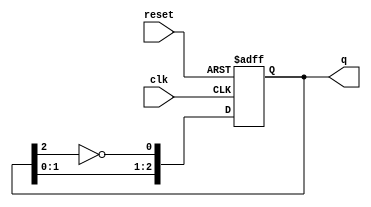
module JohnsonCounter #(parameter N = 3) (
    input wire clk,          // Clock input
    input wire reset,        // Asynchronous reset
    output reg [N-1:0] q     // Counter output
);

    // Internal signal for the inverted output of the last flip-flop
    wire inverted_last;

    // Invert the output of the last flip-flop
    assign inverted_last = ~q[N-1];

    // Sequential logic for the Johnson counter
    always @(posedge clk or posedge reset) begin
        if (reset) begin
            // Asynchronous reset: set all bits to 0
            q <= 0;
        end else begin
            // Shift the values according to the Johnson counter logic
            q <= {q[N-2:0], inverted_last};
        end
    end

endmodule